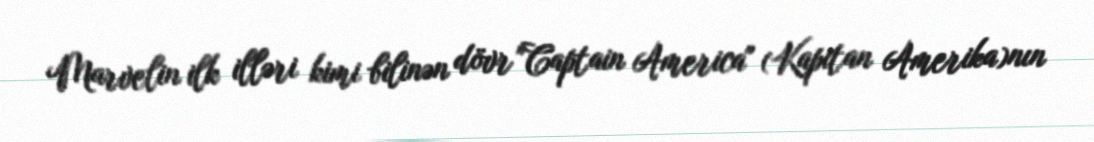
Marvelin ilk illəri kimi bilinən dövr "Captain America" (Kapitan Amerika)nın